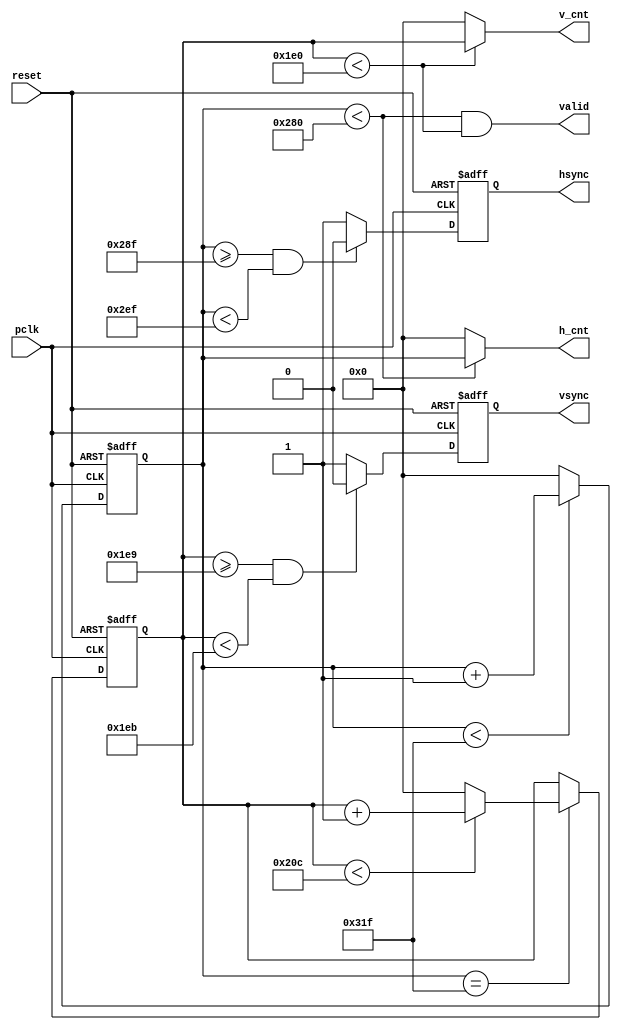
`timescale 1ns / 1ps
//////////////////////////////////////////////////////////////////////////////////
// Company: 
// Engineer: 
// 
// Design Name: 
// Module Name: vga_controller
// Project Name: 
// Target Devices: 
// Tool Versions: 
// Description: 
// 
// Dependencies: 
// 
// Revision:
// Revision 0.01 - File Created
// Additional Comments:
// 
//////////////////////////////////////////////////////////////////////////////////


module vga_controller (
    pclk,
    reset,
    hsync,
    vsync,
    valid,
    h_cnt,
    v_cnt
    );
    output hsync, vsync, valid;
    output [9:0] h_cnt, v_cnt;
    input pclk, reset;

    reg [9:0]pixel_cnt;
    reg [9:0]line_cnt;
    reg hsync_i,vsync_i;
    wire hsync_default, vsync_default;
    wire [9:0] HD, HF, HS, HB, HT, VD, VF, VS, VB, VT;

   
    assign HD = 640; //  display
    assign HF = 16;  // en 
    assign HS = 96;  // 
    assign HB = 48;  // n
    assign HT = 800; // `@
    assign VD = 480; //  display
    assign VF = 10;  // en
    assign VS = 2;   // 
    assign VB = 33;  // n
    assign VT = 525; // `@
    assign hsync_default = 1'b1;
    assign vsync_default = 1'b1;
     
    // Bzp
    always@(posedge pclk or negedge reset)
        if(~reset)
            pixel_cnt <= 0;
        else if(pixel_cnt < (HT - 1))
            pixel_cnt <= pixel_cnt + 1;
        else
            pixel_cnt <= 0;

    //   Bzi
    always@(posedge pclk or negedge reset)
        if(~reset)
            hsync_i <= hsync_default;
        else if((pixel_cnt >= (HD + HF - 1))&&(pixel_cnt < (HD + HF + HS - 1)))
            hsync_i <= ~hsync_default;
        else
            hsync_i <= hsync_default; 
    
    // Bzi
    always@(posedge pclk or negedge reset)
        if(~reset)
            vsync_i <= vsync_default; 
        else if((line_cnt >= (VD + VF - 1))&&(line_cnt < (VD + VF + VS - 1)))
            vsync_i <= ~vsync_default; 
        else
            vsync_i <= vsync_default; 
    
    // BzCp
    always@(posedge pclk or negedge reset)
        if(~reset)
            line_cnt <= 0;
        else if(pixel_cnt == (HT -1)) // Y@C
                if(line_cnt < (VT - 1))
                    line_cnt <= line_cnt + 1;
                else
                    line_cnt <= 0;
                    
    assign hsync = hsync_i;
    assign vsync = vsync_i;
    assign valid = ((pixel_cnt < HD) && (line_cnt < VD)); // XzTP_
    
    assign h_cnt = (pixel_cnt < HD) ? pixel_cnt:10'd0; // mP_
    assign v_cnt = (line_cnt < VD) ? line_cnt:10'd0; // CmP_
           
endmodule